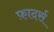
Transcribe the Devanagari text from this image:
फ़ादर्स